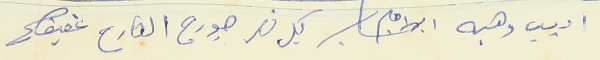
اديب وهبه ابراهيم كميل نصر جورج القارح عفيف